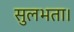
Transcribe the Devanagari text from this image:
सुलभता।